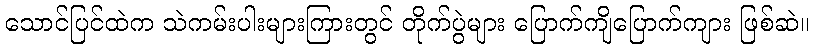
သောင်ပြင်ထဲက သဲကမ်းပါးများကြားတွင် တိုက်ပွဲများ ပြောက်ကျိပြောက်ကျား ဖြစ်ဆဲ။